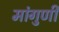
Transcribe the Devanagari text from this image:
मांगुणी